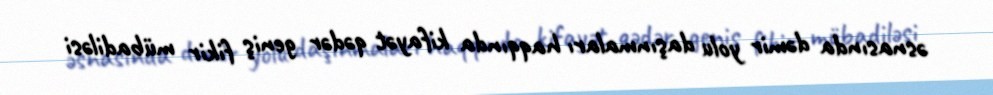
əsnasında dəmir yolu daşınmaları haqqında kifayət qədər geniş fikir mübadiləsi